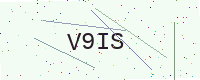
Text: V9IS